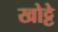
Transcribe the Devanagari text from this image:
खोट्टे